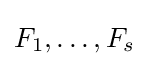
F_{1},\ldots ,F_{s}